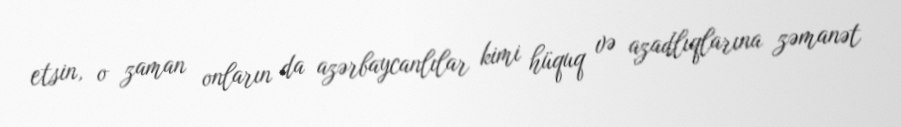
etsin, o zaman onların da azərbaycanlılar kimi hüquq və azadlıqlarına zəmanət